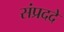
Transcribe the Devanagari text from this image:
संप्रददे